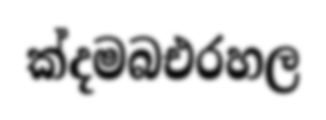
ක්දමබඑරහල